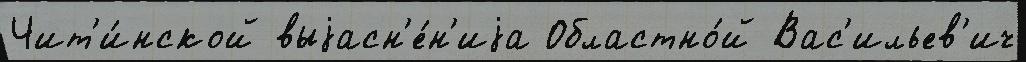
Чит'и́нской выjасн'е́н'иjа Областно́й Вас'ильев'ич